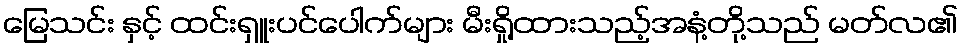
မြေသင်း နှင့် ထင်းရှူးပင်ပေါက်များ မီးရှို့ထားသည့်အနံ့တို့သည် မတ်လ၏